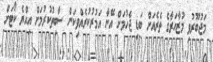
މަޖުބޫރުވި މުޒާހަރާގެ ތެރެއަށް ބަޑި ޖެހުމަށް އޭނާ އަމުރުކުރެއްވިކަން ސާބިތުކުރުމަށް އިއްޔެ ކޯޓަށް